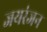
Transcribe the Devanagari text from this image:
जयरंजन